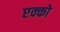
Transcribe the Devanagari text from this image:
एक्को